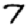
Digit: 7